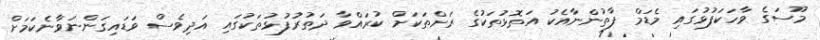
މޫސަގެ ވާހަކަފުޅުގައި މެޑަމް ފާތުންނާއެކު އަތޮޅުތަކުގެ ރަށްތަކަށް ކުރައްވާ ދަތުރުފުޅުތަކުގައި އަދިވެސް ވަޑައިގަންނަވާނެކަމަށް